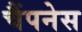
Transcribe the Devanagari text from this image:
चैंपनेस